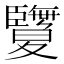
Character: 𦣵